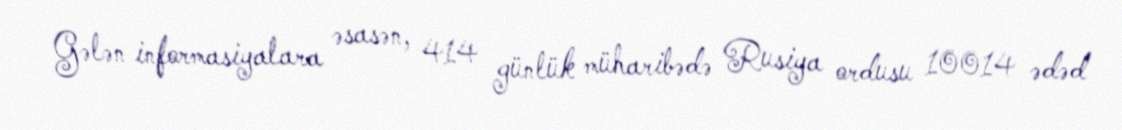
Gələn informasiyalara əsasən, 414 günlük müharibədə Rusiya ordusu 10014 ədəd